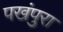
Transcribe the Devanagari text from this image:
पखंपुरा